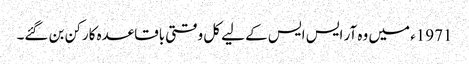
1971ء میں وہ آر ایس ایس کے لیے کل وقتی باقاعدہ کارکن بن گئے۔